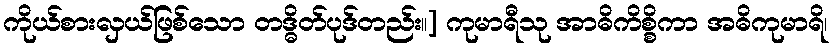
ကိုယ်စားလှယ်ဖြစ်သော တဒ္ဓိတ်ပုဒ်တည်း။] ကုမာရီသု အာဓိကိစ္စိကာ အဓိကုမာရိ၊